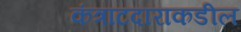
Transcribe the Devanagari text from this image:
कंत्राटदाराकडील